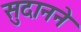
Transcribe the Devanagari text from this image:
सुदानने